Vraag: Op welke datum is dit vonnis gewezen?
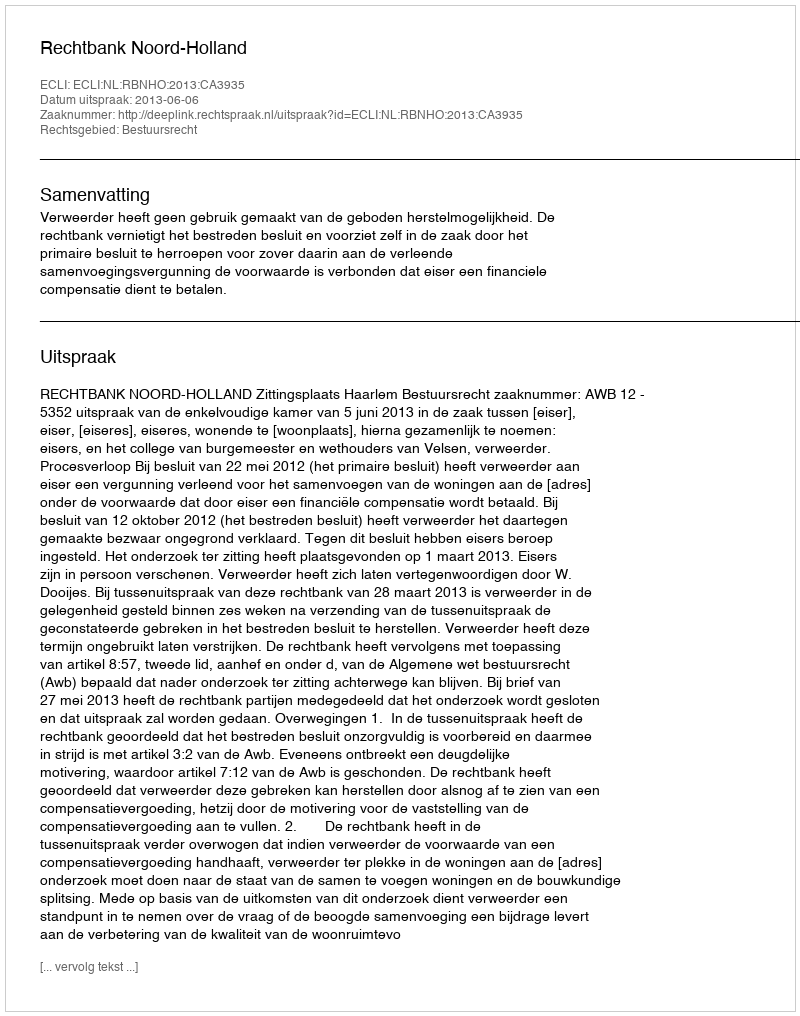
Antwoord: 2013-06-06